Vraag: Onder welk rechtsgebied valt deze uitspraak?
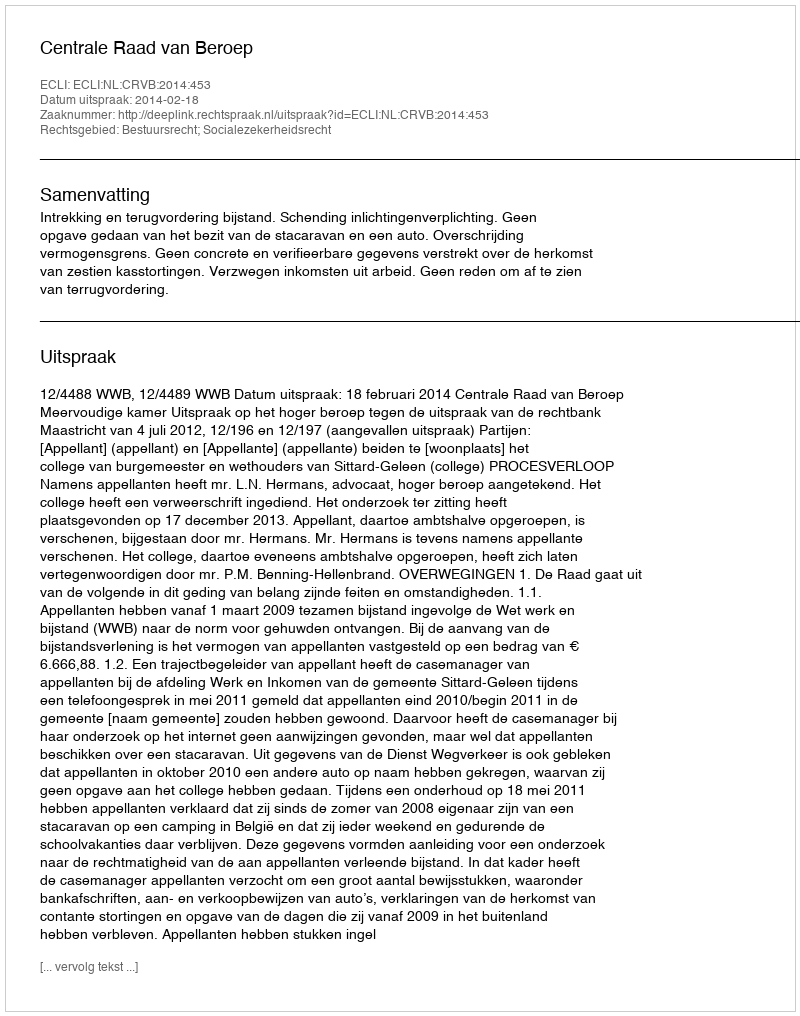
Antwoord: Bestuursrecht; Socialezekerheidsrecht